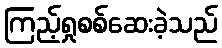
ကြည့်ရှုစစ်ဆေးခဲ့သည်